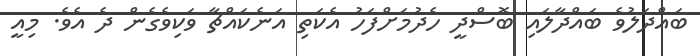
ބައްދަލުވެ ބައްދާލައި ބޮސްދީ ހެދުމަށްފަހު އެކަތި އަނެކައްޗާ ވަކިވެގެން ދެ އެވެ. މިއީ